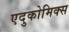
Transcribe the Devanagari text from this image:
एदुकोमिक्स